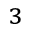
_ 3